Piroplasma canis and its life cycle in the tick - Number 29
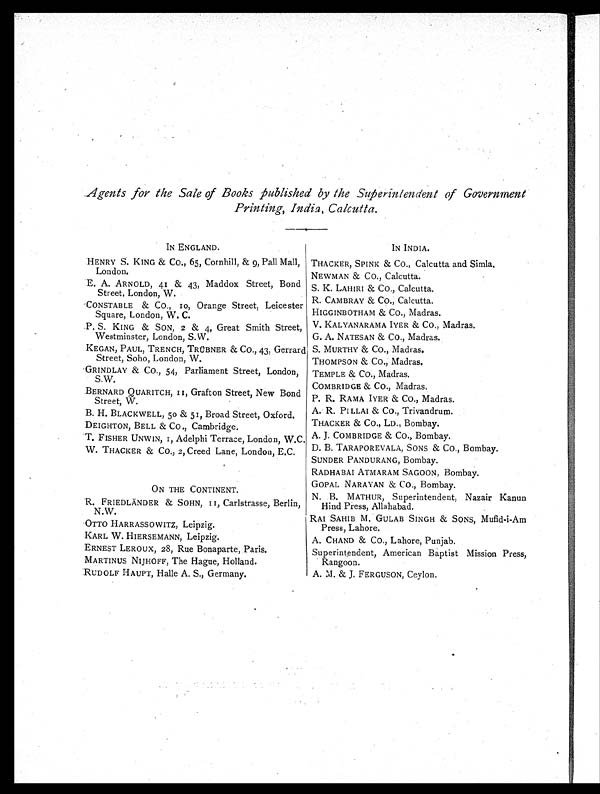
Agents for the Sale of Books published by the Superintendent of Government
Printing, India, Calcutta.
IN ENGLAND.
IN INDIA.
HENRY S. KING & CO., 65, Cornhill, & 9, Pall Mall,
London.
THACKER, SPINK & CO., Calcutta and Simla.
NEWMAN & CO., Calcutta.
E. A. ARNOLD, 41 & 43, Maddox Street, Bond
Street, London, W.
S. K. LAHIRI & CO., Calcutta.
R. CAMBRAY & CO., Calcutta.
CONSTABLE & CO., 10, Orange Street, Leicester
Square, London, W. C.
HIGGINBOTHAM & CO., Madras.
P. S. KING & SON, 2 & 4, Great Smith Street,
Westminster, London, S. W.
V. KALYANARAMA IYER & CO., Madras.
G. A. NATESAN & CO., Madras.
KEGAN, PAUL, TRENCH, TRÜBNER & CO., 43, Gerrard
Street, Soho, London, W.
S. MURTHY & CO., Madras.
THOMPSON & CO., Madras.
GRINDLAY & CO., 54, Parliament Street, London,
S.W.
TEMPLE & CO., Madras.
COMBRIDGE & CO., Madras.
BERNARD QUARITCH, 11, Grafton Street, New Bond
Street, W.
P.R. RAMA I YER & CO. , Ma dr a s .
B. H. BLACKWELL, 50 & 51, Broad Street, Oxford.
A. R. PILLAI & CO., Trivandrum.
DEIGHTON, BELL & CO., Cambridge.
THACKER & CO., LD., Bombay.
T. FISHER UNWIN, 1, Adelphi Terrace, London, W.C. A. J. COMBRIDGE & CO., Bombay.
W. THACKER & CO., 2, Creed Lane, London, E.C.
D. B. TARAPOREVALA, SONS & CO., Bombay.
SUNDER PANDURANG, Bombay.
RADHABAI ATMARAM SAGOON, Bombay.
ON THE CONTINENT.
GOPAL NARAYAN & CO., Bombay.
R. FRIEDLÄNDER & SOHN, 11, Carlstrasse, Berlin,
N.W.
N. B. MATHUR, Superintendent, Nazair Kanun
Hind Press, Allahabad.
RAI SAHIB M. GULAB SINGH & SONS, Mufid-i-Am
Press, Lahore.
OTTO HARRASSOWITZ, Leipzig.
KARL W. HIERSEMANN, Leipzig.
A. CHAND & CO., Lahore, Punjab.
ERNEST LEROUX, 28, Rue Bonaparte, Paris.
Superintendent, American Baptist Mission Press,
Rangoon.
MARTINUS NIJHOFF, The Hague, Holland.
RUDOLF HAUPT, Halle A. S., Germany.
A. M. & J. FERGUSON, Ceylon.